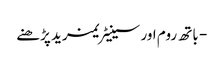
- باتھ روم اور سینیٹریمزید پڑھنے